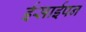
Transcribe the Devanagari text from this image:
ईसाईपन